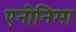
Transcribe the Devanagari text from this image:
एनोनिमा